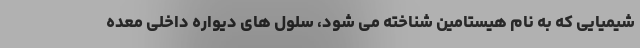
شیمیایی که به نام هیستامین شناخته می شود، سلول های دیواره داخلی معده